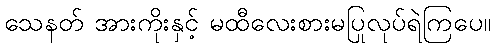
သေနတ် အားကိုးနှင့် မထီလေးစားမပြုလုပ်ရဲကြပေ။